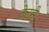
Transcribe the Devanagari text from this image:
तेलही